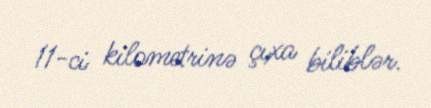
11-ci kilometrinə çıxa biliblər.